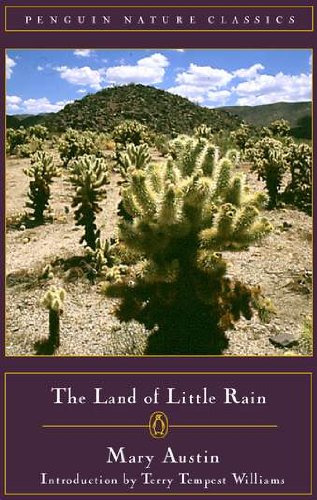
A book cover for The Land of Little Rain (Classic, Nature, Penguin); Mary Austin; Travel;